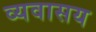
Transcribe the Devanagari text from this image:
व्यवासय